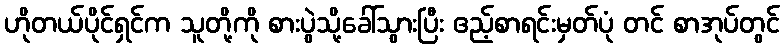
ဟိုတယ်ပိုင်ရှင်က သူတို့ကို စားပွဲသို့ခေါ်သွားပြီး ဧည့်စာရင်းမှတ်ပုံ တင် စာအုပ်တွင်